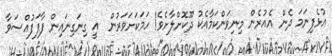
އުޅެފިނަމަ ދެން އެއުރެން މިނިވަންކަމާއެކު ދޫކޮށްލާށެވެ! ހަމަކަށަވަރުން  އީ ގިނަގިނައިން ފާފަފުއްސަވާ